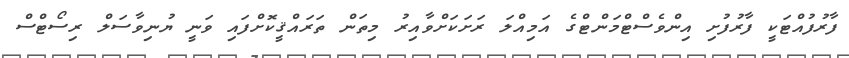
ފާރުފުއްޓަކީ ފާރުފުށި އިންވެސްޓްމަންޓްގެ އަމިއްލަ ރަށަކަށްވާއިރު މިތަން ތަރައްޤީކޮށްފައި ވަނީ ޔުނިވާސަލް ރިސޯޓްސް